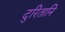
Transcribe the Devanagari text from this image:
दुरितानि